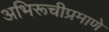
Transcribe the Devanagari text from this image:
अभिरूचीप्रमाणे